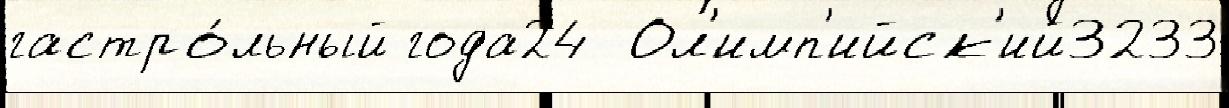
гастро́льный года24  Ол'имп'ийск'ий3233